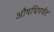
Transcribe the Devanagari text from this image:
औषधिपर्वत